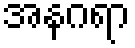
အနဂရာ